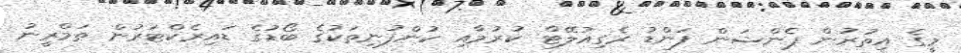
މީގެ އިތުރުން ޕެންޝަން ފަންޑު ރެގިއުލޭޓް ކުރުމާއި ކުންފުނިތަކުގެ ބޯޑުގެ ޑައިރެކްޓަރުން ތަމްރީނު